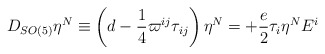
\begin{align*}D_{SO(5)}\eta ^{N}\equiv \left( d-\frac{1}{4}\varpi ^{ij}\tau _{ij}\right) \eta ^{N}=+\frac{e}{2}\tau _{i}\eta ^{N}E^{i}\end{align*}